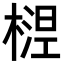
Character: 𬄅